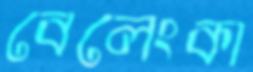
বেলেংকা